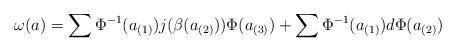
LaTeX: \begin{align*}\omega (a) = \sum \Phi ^{-1}(a_{(1)}) j(\beta (a_{(2)})) \Phi(a_{(3)}) + \sum \Phi ^{-1}(a_{(1)}) d \Phi (a_{(2)})\end{align*}